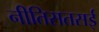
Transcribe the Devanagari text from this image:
नीतिसतसई